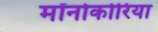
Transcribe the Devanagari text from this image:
मॉनोकोरिया